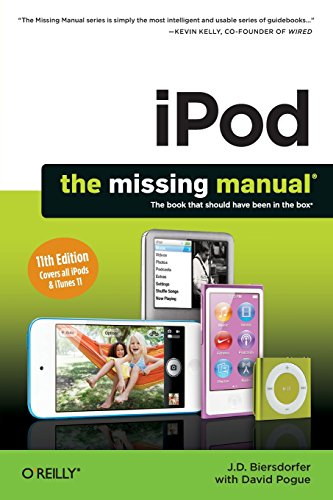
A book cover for iPod: The Missing Manual (Missing Manuals); J. D. Biersdorfer; Computers & Technology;